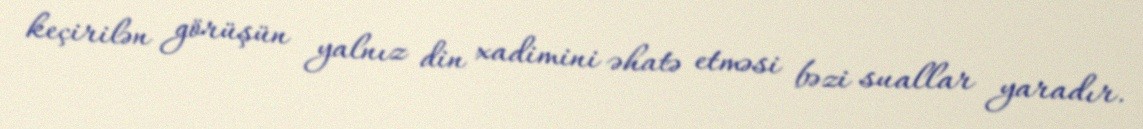
keçirilən görüşün yalnız din xadimini əhatə etməsi bəzi suallar yaradır.